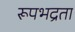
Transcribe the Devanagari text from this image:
रूपभद्रता